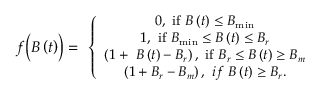
\small f \Bigl ( B \left( t \right) \Bigr ) = \ \left\{ \begin{array} { c } { 0 , \ \mathrm { i f } \ B \left( t \right) \le B _ { \mathrm { m i n } } } \\ { 1 , \ \mathrm { i f } \ B _ { \mathrm { m i n } } \le B \left( t \right) \le B _ { r } } \\ { \left( 1 + \ B \left( t \right) - B _ { r } \right) , \ \mathrm { i f } \ B _ { r } \le B \left( t \right) \ge B _ { m } } \\ { \left( 1 + B _ { r } - B _ { m } \right) , \ i f \ B \left( t \right) \ge B _ { r } . } \end{array} \right.